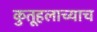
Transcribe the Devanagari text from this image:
कुतूहलाच्याच